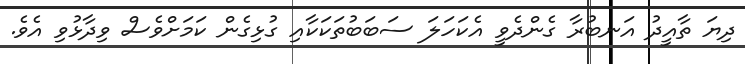
ދިޔަ ތާއީދު އަނބުރާ ގެންދެވީ އެކަހަލަ ސަބަބުތަކަކާއި ގުޅިގެން ކަމަށްވެސް ވިދާޅުވި އެވެ.